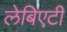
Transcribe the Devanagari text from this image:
लेबिएटी